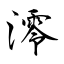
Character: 澪